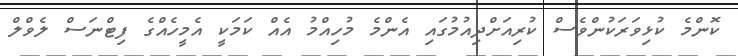
ކޮންމެ ކުޅިވަރަކުންވެސް ކުރިއަށްދިއުމުގައި އެންމެ މުހިއްމު އެއް ކަމަކީ އެމީހެއްގެ ފިޓްނަސް ލެވްލް